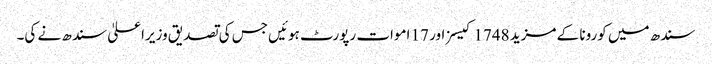
سندھ میں کورونا کے مزید 1748 کیسز اور 17 اموات رپورٹ ہوئیں جس کی تصدیق وزیراعلیٰ سندھ نے کی۔